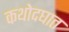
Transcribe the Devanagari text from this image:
कथोदघात